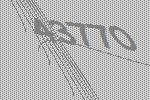
43770